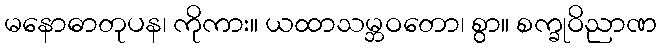
မနောဓာတုပန၊ ကိုကား။ ယထာသမ္ဘဝတော၊ စွာ။ စက္ခုဝိညာဏ